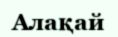
Алақай